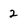
Character: 2